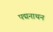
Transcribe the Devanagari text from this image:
पद्मनाथन